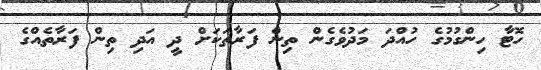
ހޮޓާ ހިންގުމުގެ ހުއްދަ މަދުވެގެން ތިން ފަރާތަކަށް ދީ އަދި ތިން ފަރާތެއްގެ